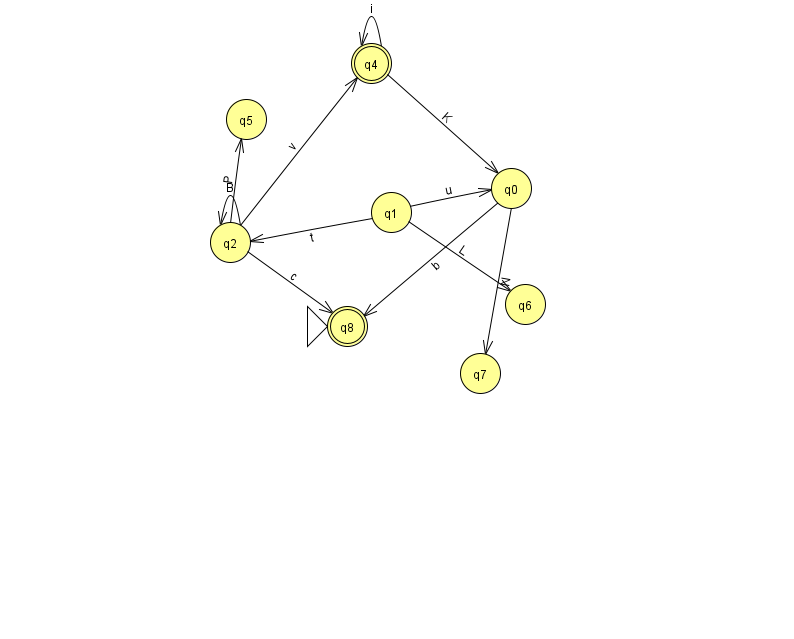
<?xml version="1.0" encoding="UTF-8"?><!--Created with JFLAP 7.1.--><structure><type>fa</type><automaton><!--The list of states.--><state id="0" name="q0"><x>511.0</x><y>175.0</y></state><state id="1" name="q1"><x>391.0</x><y>199.0</y></state><state id="2" name="q2"><x>230.0</x><y>229.0</y></state><state id="4" name="q4"><x>371.0</x><y>50.0</y><final/></state><state id="5" name="q5"><x>246.0</x><y>106.0</y></state><state id="6" name="q6"><x>525.0</x><y>291.0</y></state><state id="7" name="q7"><x>480.0</x><y>360.0</y></state><state id="8" name="q8"><x>347.0</x><y>313.0</y><initial/><final/></state><!--The list of transitions.--><transition><from>2</from><to>2</to><read>B</read></transition><transition><from>1</from><to>2</to><read>t</read></transition><transition><from>2</from><to>4</to><read>v</read></transition><transition><from>2</from><to>8</to><read>c</read></transition><transition><from>4</from><to>0</to><read>K</read></transition><transition><from>0</from><to>8</to><read>b</read></transition><transition><from>1</from><to>0</to><read>u</read></transition><transition><from>4</from><to>4</to><read>i</read></transition><transition><from>1</from><to>6</to><read>L</read></transition><transition><from>2</from><to>5</to><read>P</read></transition><transition><from>0</from><to>7</to><read>N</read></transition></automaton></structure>